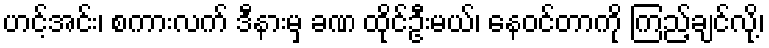
ဟင့်အင်း၊ စကားလက် ဒီနားမှ ခဏ ထိုင်ဦးမယ်၊ နေဝင်တာကို ကြည့်ချင်လို့၊